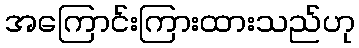
အကြောင်းကြားထားသည်ဟု